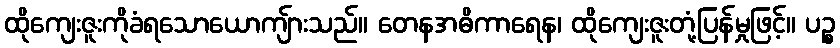
ထိုကျေးဇူးကိုခံရသောယောကျ်ားသည်။ တေနအဓိကာရေန၊ ထိုကျေးဇူးတုံ့ပြန်မှုဖြင့်။ ပဉ္စ